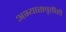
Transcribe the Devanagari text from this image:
अभ्यासवृत्तीही